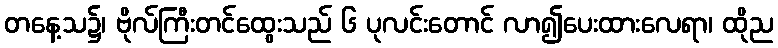
တနေ့သ၌၊ ဗိုလ်ကြီးတင်ထွေးသည် ၆ ပုလင်းတောင် လာ၍ပေးထားလေရာ၊ ထိုည